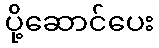
ပို့ဆောင်ပေး